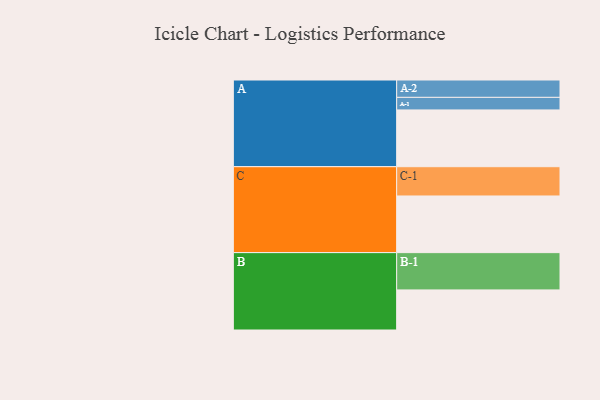
{"axis": {"x": "Segment", "y": "Value"}, "legend": ["", "A", "B", "C"], "data": [{"x": "A", "y": 425, "type": ""}, {"x": "B", "y": 300, "type": ""}, {"x": "C", "y": 424, "type": ""}, {"x": "A-1", "y": 94, "type": "A"}, {"x": "A-2", "y": 130, "type": "A"}, {"x": "B-1", "y": 279, "type": "B"}, {"x": "C-1", "y": 219, "type": "C"}]}